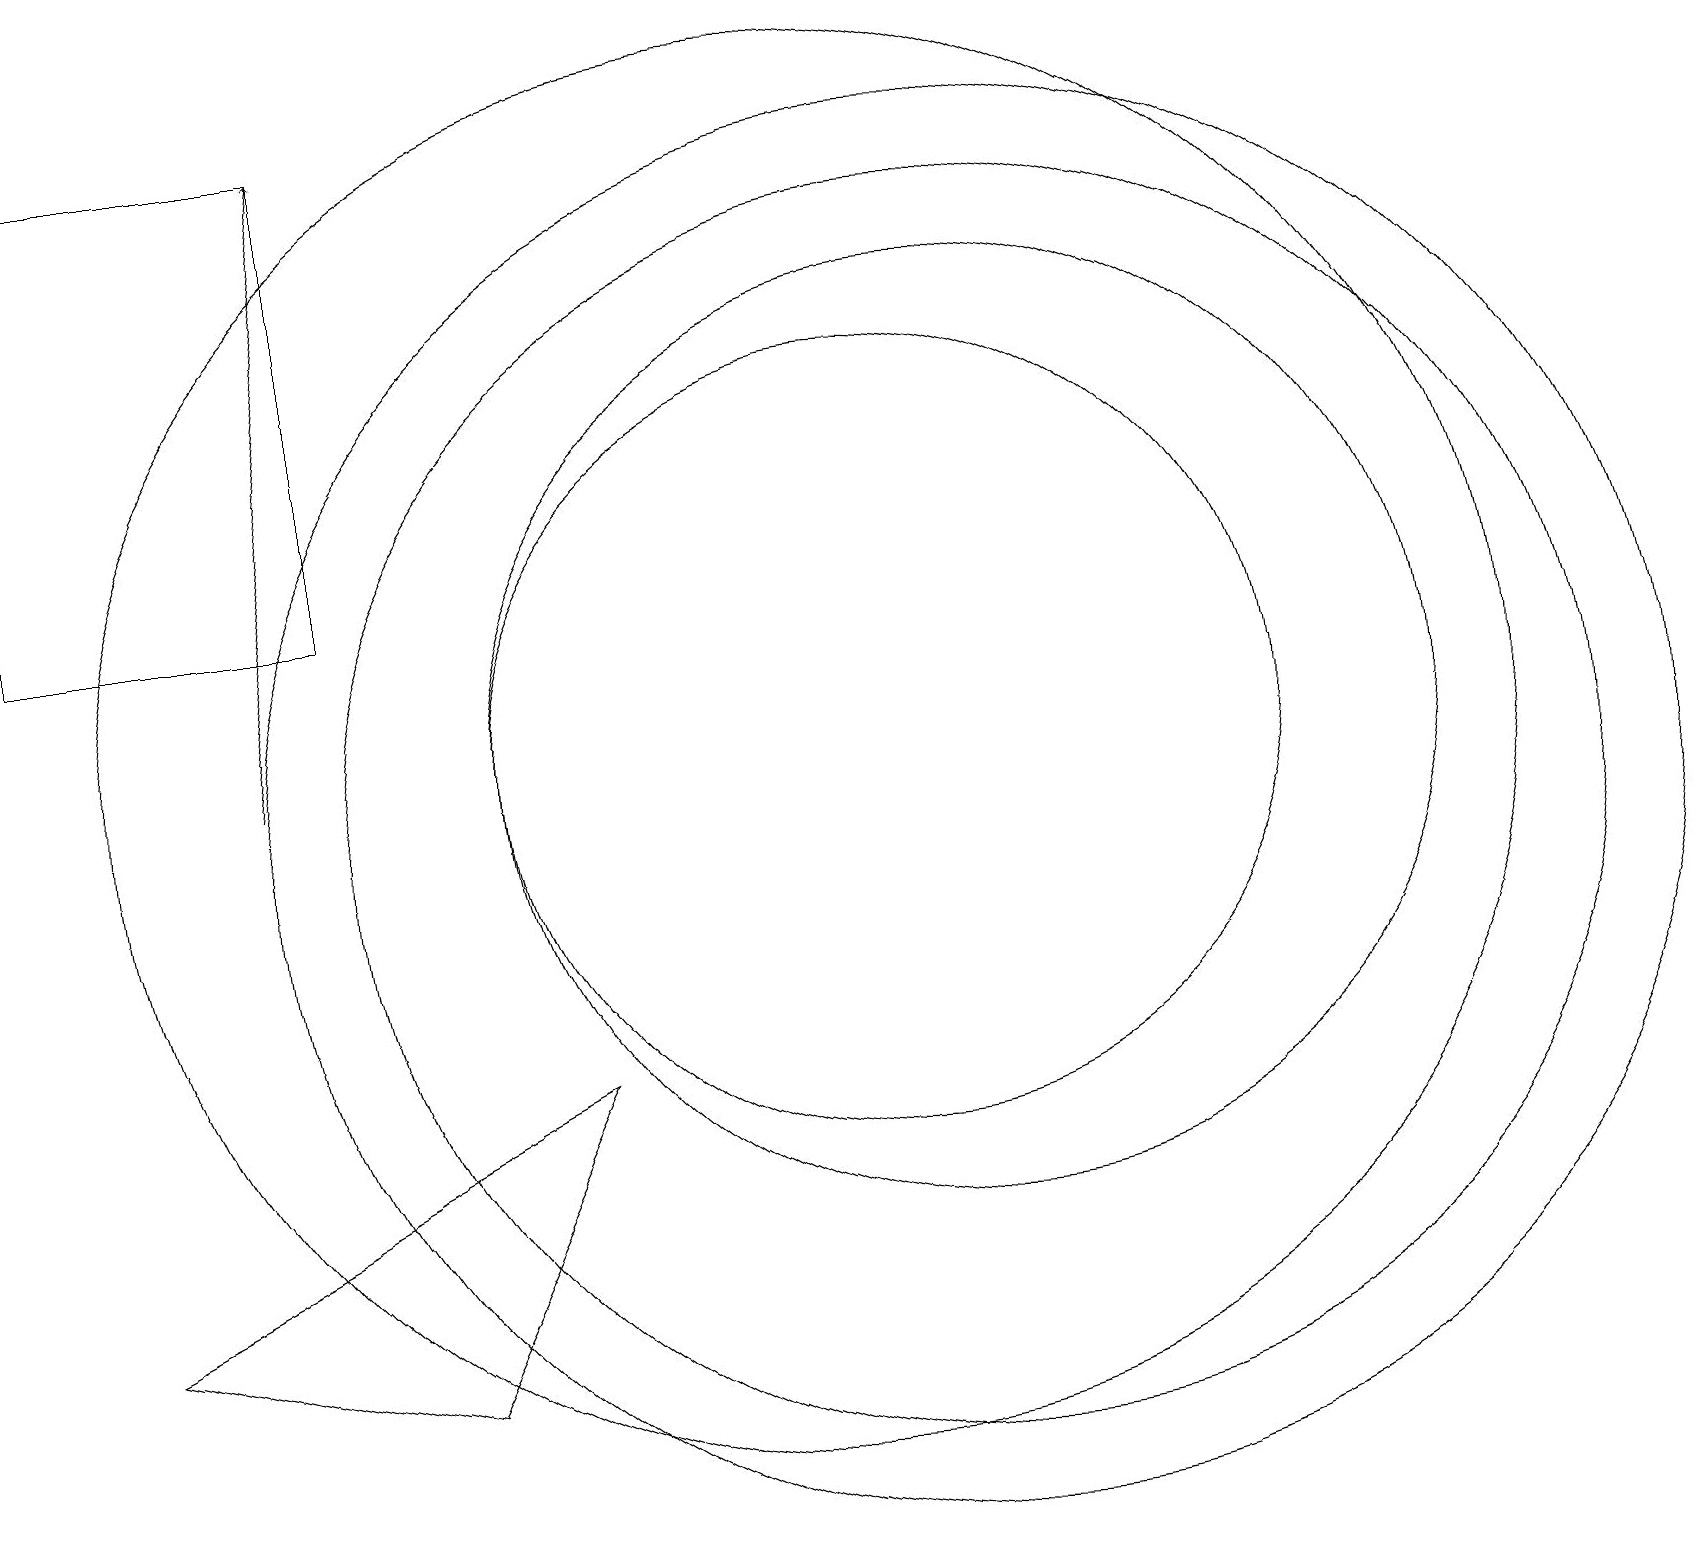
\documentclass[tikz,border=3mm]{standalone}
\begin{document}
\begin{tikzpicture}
\draw (12,11) circle (6);
\draw (11,11) circle (5);
\draw (12,10) circle (8);
\draw (10,11) circle (9);
\draw (12,10) circle (9);
\draw (1,4) -- (7,7) -- (5,3) -- cycle;
\draw (4,13) rectangle (0,19);
\draw[->] (3,11) -- (4,19);
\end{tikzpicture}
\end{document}